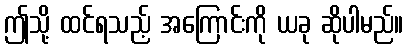
ဤသို့ ထင်ရသည့် အကြောင်းကို ယခု ဆိုပါမည်။